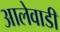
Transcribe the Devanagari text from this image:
आलेवाडी